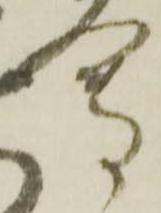
会